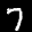
Label: 7